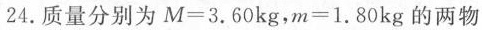
24.质量分别为$$M = 3 . 6 0 k g$$，$$m = 1 . 8 0 k g$$的两物